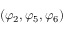
( \varphi _ { 2 } , \varphi _ { 5 } , \varphi _ { 6 } )